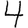
Digit: 4